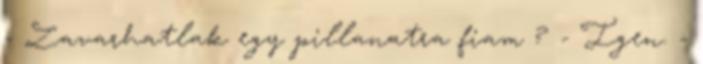
- Zavarhatlak egy pillanatra fiam ? - Igen. -